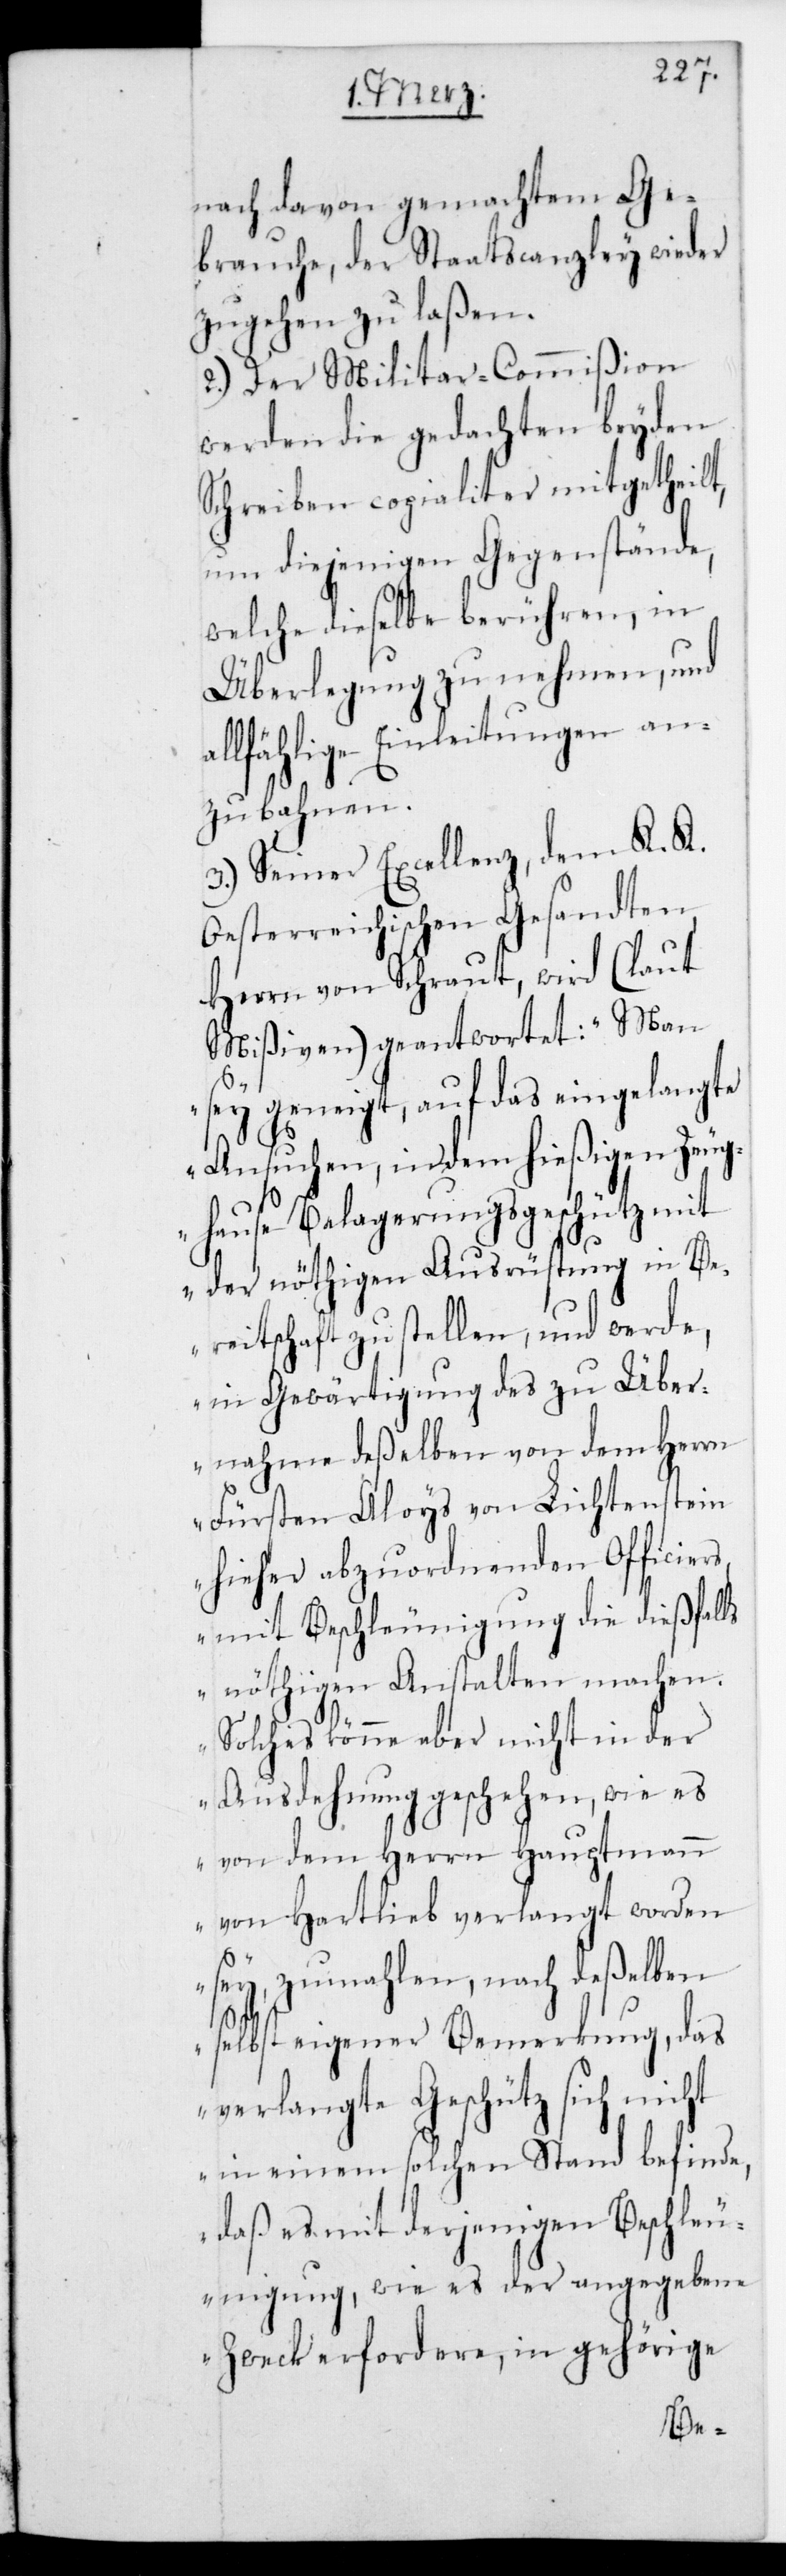
nach davon gemachtem Ge¬
brauche, der Staatscanzley wieder
zugehen zu laßen.
2.) Der Militar-Commißion
werden die gedachten beyden
Schreiben copialiter mitgetheilt,
um diejenigen Gegenstände,
welche dieselbe berühren, in
Überlegung zu nehmen, und
llfählige Einleitungen an¬
zubahnen.
3.) Sr Excellenz dem K. K.
Oesterreichischen Gesandten
Herrn von Schraut, wird (laut
Mißiven) geantwortet: „Man
sey geneigt, auf das eingelangte
Ansuchen, in dem hießigen Zeug¬
hause Belagerungsgeschütz mit
der nöthigen Ausrüstung in Be¬
reitschaft zu stellen, und werde
in Gewärtigung des zu Über¬
nahme deßelben von dem Herrn
Fürsten Aloys von Lichtenstein
hieher abzuordnenden Officier¬
s, mit Beschleunigung die dießfalls
nöthigen Anstalten machen.
Solches könne aber nicht in der
Ausdehnung geschehen, wie es
von dem Herrn Hauptmann
von Hartlieb verlangt worden
sey, zumahlen nach deßelben
selbst eigener Bemerkung, das
verlangte Geschütz sich nic¬
ht in einem solchen Stand befinde,
daß es mit derjenigen Beschleu¬
nigung, wie es der angegebene
Zweck erfordere, in gehörige
a¬